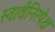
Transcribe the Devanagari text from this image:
स्वार्थनिरपेक्ष